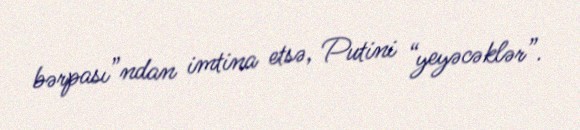
bərpası”ndan imtina etsə, Putini “yeyəcəklər”.